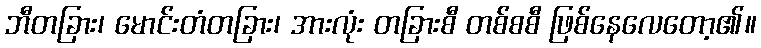
ဘီတခြား၊ မောင်းတံတခြား၊ အားလုံး တခြားစီ တစ်စစီ ဖြစ်နေလေတော့၏။